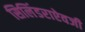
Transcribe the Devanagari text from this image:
सिलिंडराऐवजी